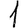
Digit: 1